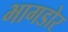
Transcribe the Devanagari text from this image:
भागडोर